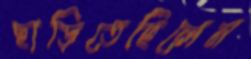
ছাড়িতেছিলেন